Civil Veterinary Department. Madras. Admin. report 1926-33 - 1926-1933
Year: 1926
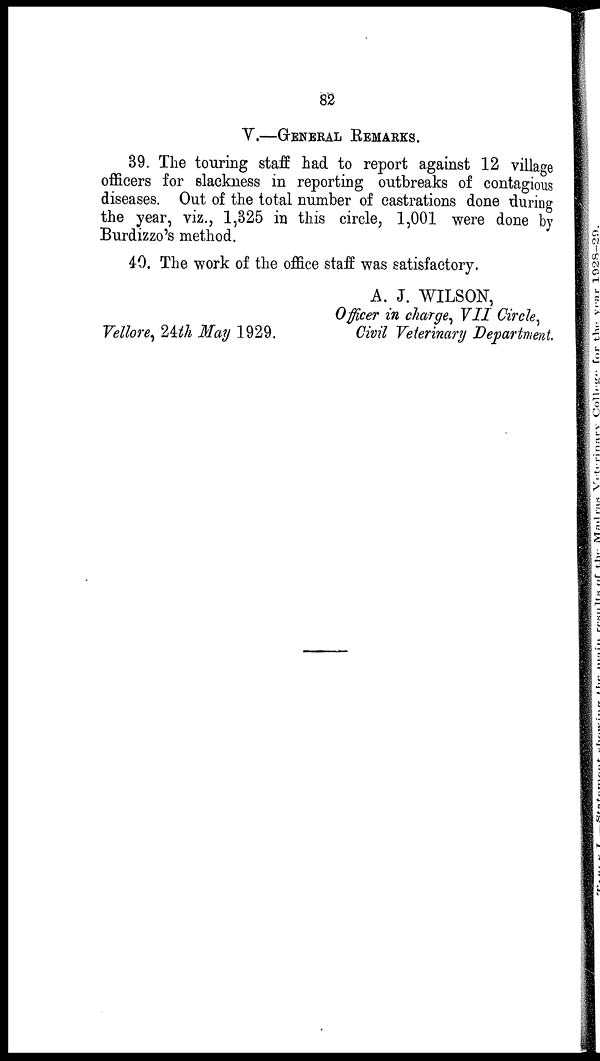
82
V.—GENERAL REMARKS.
89. The touring staff had to report against 12 village
officers for slackness in reporting outbreaks of contagious
diseases. Out of the total number of castrations done during
the year, viz., 1,825 in this circle, 1,001 were done by
Burdizzo's method.
40. The work of the office staff was satisfactory.
Vellore, 24th May 1929.
A. J. WILSON,
Officer in charge, VII Circle,
Civil Veterinary Department.